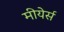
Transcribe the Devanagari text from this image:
मीयेर्स